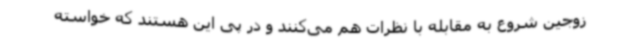
زوجین شروع به مقابله با نظرات هم می‌کنند و در پی این هستند که خواسته